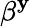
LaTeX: \beta^{\mathbf{y}}